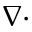
\nabla \cdot